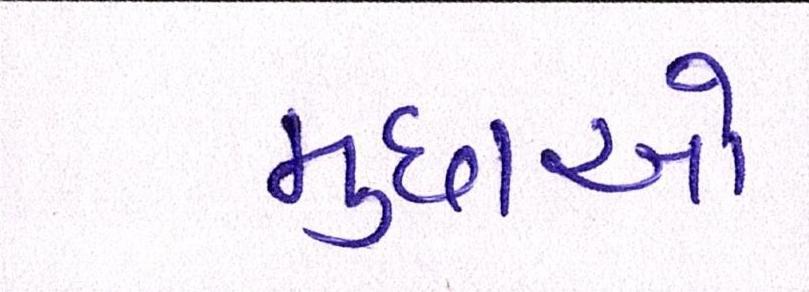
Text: મુદ્દાઓ